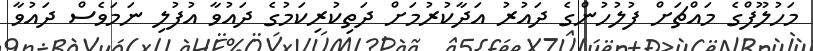
މަހުލޫފްގެ މައްޗަށް ފުލުހުންގެ ދައުރު އަދާކުރުމަށް ދަތިކުރިކަމުގެ ދައުވާ އުފުލި ނަމަވެސް ދައުވާ